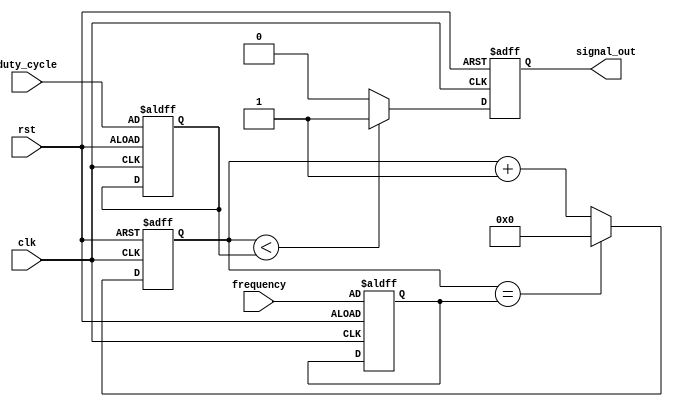
module PeriodicTimer(
    input wire clk,
    input wire rst,
    input wire [15:0] frequency,
    input wire [15:0] duty_cycle,
    output reg signal_out
);

reg [15:0] counter;
reg [15:0] period;
reg [15:0] on_time;

always @ (posedge clk or posedge rst) begin
    if (rst) begin
        counter <= 16'h0000;
        period <= frequency;
        on_time <= duty_cycle;
        signal_out <= 1'b0;
    end else begin
        counter <= counter + 1;
        if (counter == period) begin
            counter <= 16'h0000;
        end
        if (counter < on_time) begin
            signal_out <= 1'b1;
        end else begin
            signal_out <= 1'b0;
        end
    end
end

endmodule